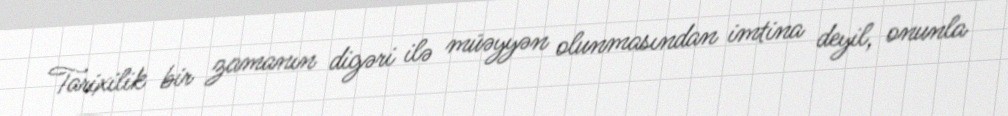
Tarixilik bir zamanın digəri ilə müəyyən olunmasından imtina deyil, onunla